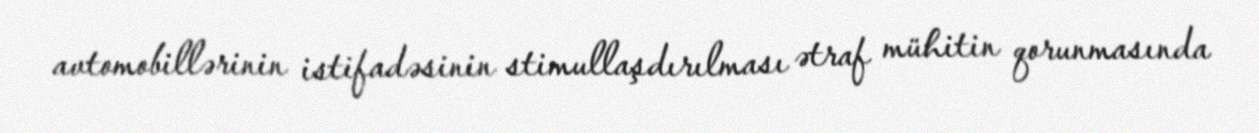
avtomobillərinin istifadəsinin stimullaşdırılması ətraf mühitin qorunmasında